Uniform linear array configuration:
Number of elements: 4
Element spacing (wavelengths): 0.5
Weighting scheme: blackman
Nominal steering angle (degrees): -45
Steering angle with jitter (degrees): -43.72
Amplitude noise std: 0.05
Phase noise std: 0.05

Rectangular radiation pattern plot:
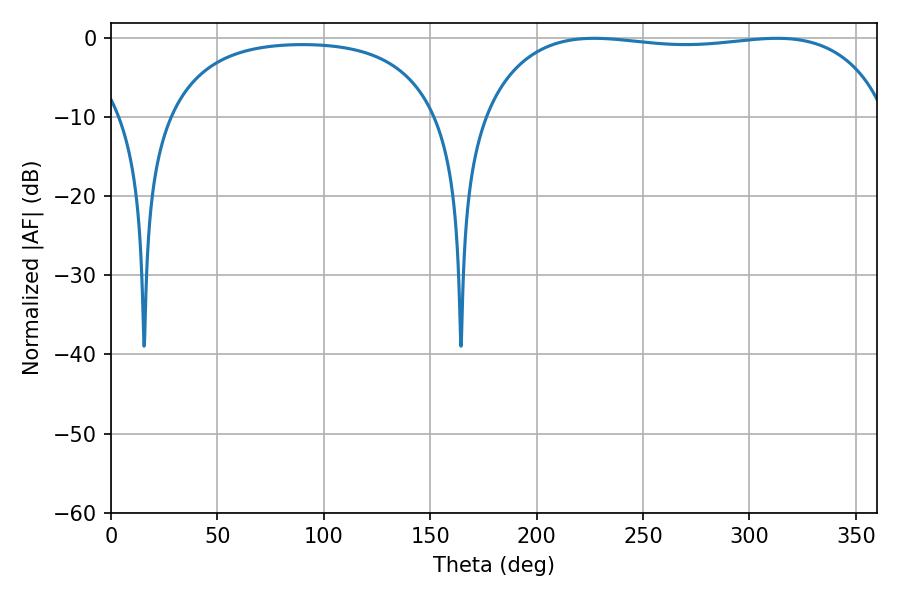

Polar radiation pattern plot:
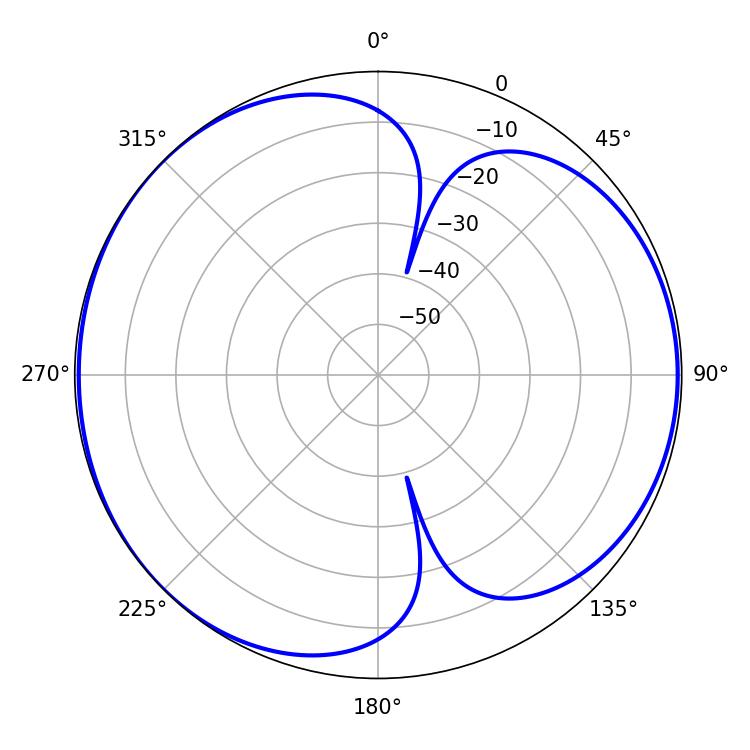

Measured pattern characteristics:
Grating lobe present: FALSE
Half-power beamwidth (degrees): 153
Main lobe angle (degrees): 226.98